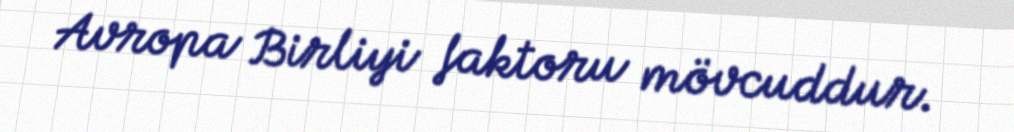
Avropa Birliyi faktoru mövcuddur.